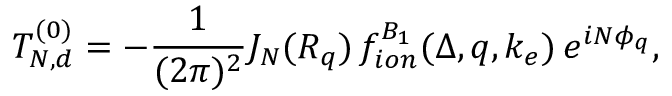
T _ { N , d } ^ { ( 0 ) } = - \frac { 1 } { ( 2 \pi ) ^ { 2 } } J _ { N } ( { \cal R } _ { q } ) \, f _ { i o n } ^ { B _ { 1 } } ( \Delta , q , k _ { e } ) \, e ^ { i N \phi _ { q } } ,